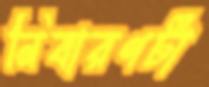
নিবারণটা